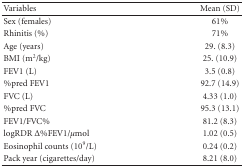
<table><thead><tr><td><b>Variables</b></td><td><b>Mean (SD)</b></td></tr></thead><tbody><tr><td>Sex (females)</td><td>61%</td></tr><tr><td>Rhinitis (%)</td><td>71%</td></tr><tr><td>Age (years)</td><td>29. (8.3)</td></tr><tr><td>BMI (m<sup>2</sup>/kg)</td><td>25. (10.9)</td></tr><tr><td>FEV1 (L)</td><td>3.5 (0.8)</td></tr><tr><td>%pred FEV1</td><td>92.7 (14.9)</td></tr><tr><td>FVC (L)</td><td>4.33 (1.0)</td></tr><tr><td>%pred FVC</td><td>95.3 (13.1)</td></tr><tr><td>FEV1/FVC%</td><td>81.2 (8.3)</td></tr><tr><td>logRDR Δ%FEV1/<i>μ</i>mol</td><td>1.02 (0.5)</td></tr><tr><td>Eosinophil counts (10<sup>9</sup>/L)</td><td>0.24 (0.2)</td></tr><tr><td>Pack year (cigarettes/day)</td><td>8.21 (8.0)</td></tr></tbody></table>